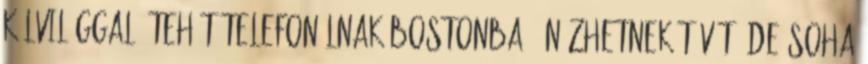
külvilággal. Tehát telefonálnak Bostonba nézhetnek tévét, de soha